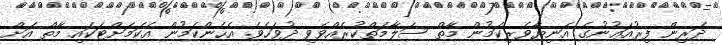
ދަރިން ފިރުއަޢުނުގެ އަނިޔާވެރިކަމުން މާތް ސަލާމަތްކުރެއްވެވި ދުވަހެވެ. އެހެންކަމުން އެކަމަށްޓަކައި މާތް އަށް